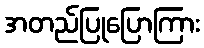
အတည်ပြုပြောကြား